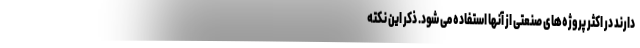
دارند در اکثر پروژه‌های صنعتی از آنها استفاده می شود. ذکر این نکته